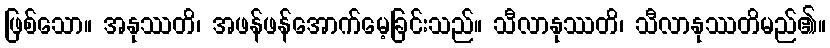
ဖြစ်သော။ အနုဿတိ၊ အဖန်ဖန်အောက်မေ့ခြင်းသည်။ သီလာနုဿတိ၊ သီလာနုဿတိမည်၏။